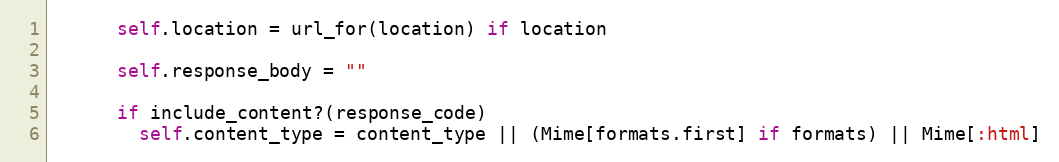
Language: Ruby
      self.location = url_for(location) if location

      self.response_body = ""

      if include_content?(response_code)
        self.content_type = content_type || (Mime[formats.first] if formats) || Mime[:html]